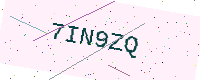
Text: 7IN9ZQ